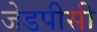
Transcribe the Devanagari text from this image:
जेडपीसी